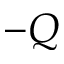
- Q